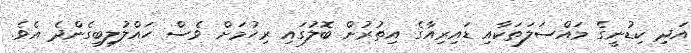
އަދި ކިޑުނީގެ މައްސަލަތަކާއި ޑައިރިއާގެ އިތުރުން ބޮލުގައި ރިހުމަށް ވެސް ހައްލުލިބިގެންދެ އެވެ.